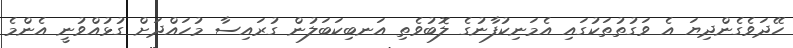
ހޭދަވެގެންދިޔަ އެ ވަގުތުތަކުގައި އެމަނިކުފާނުގެ ލޮބުވެތި އަނބިކަބަލުން ގުރައިސާ މުހައްދަށް ގުޅުއްވުނީ އެންމެ